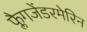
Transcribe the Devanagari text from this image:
फ्लैगजेंडरमेरिन